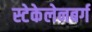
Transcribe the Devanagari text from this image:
स्टेकेलेनबर्ग